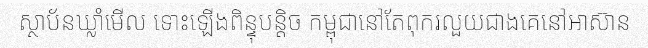
ស្ថាប័នឃ្លាំមើល ទោះឡើងពិន្ទុបន្តិច កម្ពុជានៅតែពុករលួយជាងគេនៅអាស៊ាន